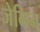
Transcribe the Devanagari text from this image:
जेमिन